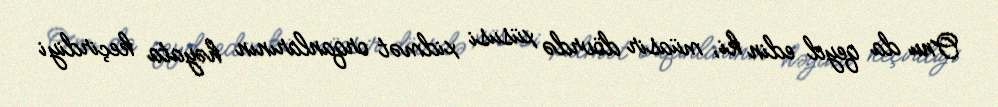
Onu da qeyd edin ki, müasir dövrdə xüsusi xidmət orqanlarının həyata keçirdiyi